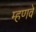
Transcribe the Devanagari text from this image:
म्हणवे